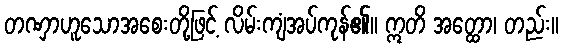
တဏှာဟူသောအစေးတို့ဖြင့် လိမ်းကျံအပ်ကုန်၏။ ဣတိ အတ္ထော၊ တည်း။